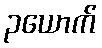
၃ယောက်